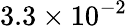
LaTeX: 3.3\times 10^{-2}